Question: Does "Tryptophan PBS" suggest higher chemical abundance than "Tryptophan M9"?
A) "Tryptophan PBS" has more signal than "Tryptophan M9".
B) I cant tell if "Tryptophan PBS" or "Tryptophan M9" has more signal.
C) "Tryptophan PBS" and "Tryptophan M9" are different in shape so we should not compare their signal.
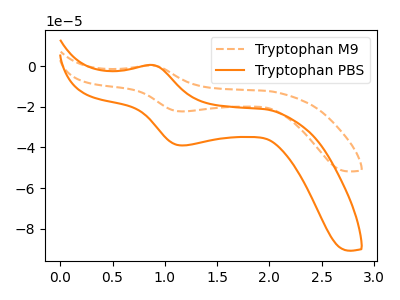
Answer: <think>The orange dashed curve "Tryptophan M9" has an anodic peak at (0.90V, 0.35uA) and a cathodic peak at (1.20V, -22.25uA). The orange curve "Tryptophan PBS" has an anodic peak at (0.90V, 0.60uA) and a cathodic peak at (1.20V, -39.00uA).
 All the peaks in "Tryptophan PBS" have a peak in "Tryptophan M9" at the same potential. Every peak in "Tryptophan PBS" is higher than every peak in "Tryptophan M9".</think>
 <answer>A) "Tryptophan PBS" has more signal than "Tryptophan M9".</answer>
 <eval>A</eval>